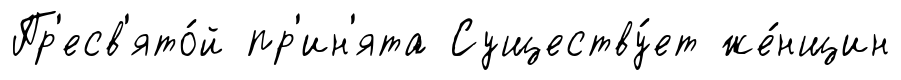
Пр'есв'ято́й пр'ин'ята Существу́ет же́нщин